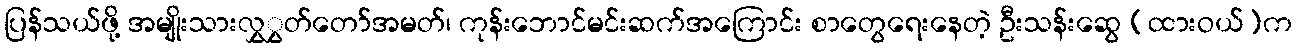
ပြန်သယ်ဖို့ အမျိုးသားလွှွှတ်တော်အမတ်၊ ကုန်းဘောင်မင်းဆက်အကြောင်း စာတွေရေးနေတဲ့ ဦးသန်းဆွေ (ထားဝယ်)က